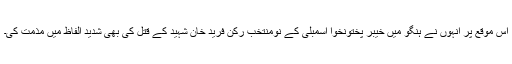
اس موقع پر انہوں نے ہنگو میں خیبر پختونخوا اسمبلی کے نومنتخب رکن فرید خان شہید کے قتل کی بھی شدید الفاظ میں مذمت کی۔